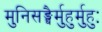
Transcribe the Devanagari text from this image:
मुनिसङ्घैर्मुहुर्मुहुः